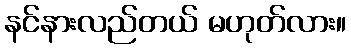
နင်နားလည်တယ် မဟုတ်လား။